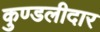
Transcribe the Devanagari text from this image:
कुण्डलीदार